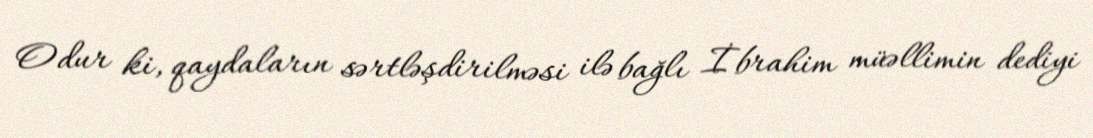
Odur ki, qaydaların sərtləşdirilməsi ilə bağlı İbrahim müəllimin dediyi